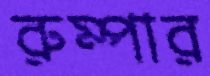
রুম্পার